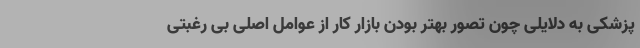
پزشکی به دلایلی چون تصور بهتر بودن بازار کار از عوامل اصلی بی رغبتی